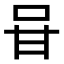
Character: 𭇐